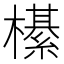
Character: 櫀